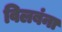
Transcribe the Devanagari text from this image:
विलबंना